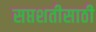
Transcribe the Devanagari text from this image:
सप्तशतीसाठी